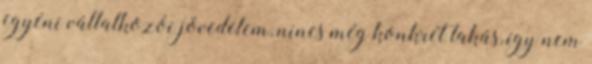
egyéni vállalkozói jövedelem, nincs még konkrét lakás, így nem